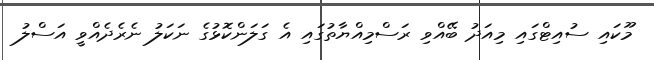
މޫކައި ސުއިޓްގައި މިއަދު ބޭއްވި ރަސްމިއްޔާތުގައި އެ ގަލަންކޮޅުގެ ނަކަލު ނެރެދެއްވީ އަސްލު